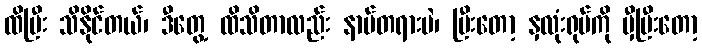
ထိပြီး သိနိုင်တယ်၊ ဒီတွေ့ ထိသိတာလည်း နာမ်တရားပဲ၊ ပြီးတော့ နှလုံးရုပ်ကို မှီပြီးတော့